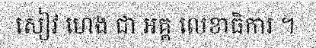
សៀវ ហេង ជា អគ្គ លេខាធិការ ។